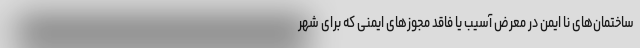
ساختمان‌های نا ایمن در معرض آسیب یا فاقد مجوزهای ایمنی که برای شهر